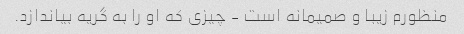
منظورم زیبا و صمیمانه است - چیزی که او را به گریه بیاندازد.